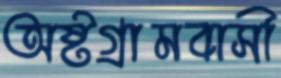
অষ্টগ্রামবাসী